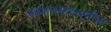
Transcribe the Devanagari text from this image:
अर्धशतसांवत्सरिक